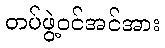
တပ်ဖွဲ့ဝင်အင်အား